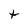
Character: t